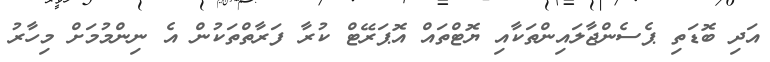
އަދި ބޮޑަތި ޕެސެންޖާލައިންތަކާއި ޔޮޓްތައް އޮޕަރޭޓް ކުރާ ފަރާތްތަކުން އެ ނިންމުމަށް މިހާރު